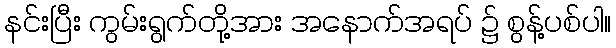
နင်းပြီး ကွမ်းရွက်တို့အား အနောက်အရပ် ၌ စွန့်ပစ်ပါ။